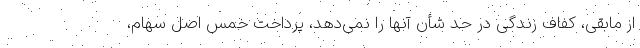
از مابقی، کفاف زندگی در حدّ شأن آنها را نمی‌دهد، پرداخت خمس اصل سهام،